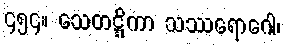
၄၅၄။ သေတဋ္ဋိကာ သဿရောဂေါ၊